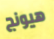
هيونج